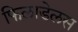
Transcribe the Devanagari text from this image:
फिलाडेलस